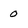
Character: 0